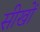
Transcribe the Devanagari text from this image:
सीखों